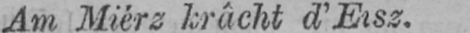
Am Miérz krâcht d’Eisz.